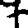
Digit: 7